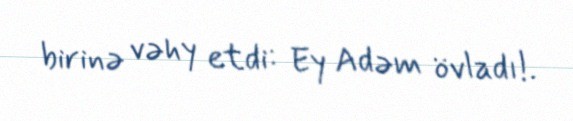
birinə vəhy etdi: Ey Adəm övladı!.